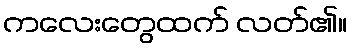
ကလေးတွေထက် လတ်၏။